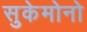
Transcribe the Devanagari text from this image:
सुकेमोनो